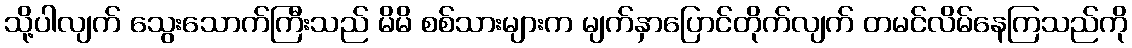
သို့ပါလျက် သွေးသောက်ကြီးသည် မိမိ စစ်သားများက မျက်နှာပြောင်တိုက်လျက် တမင်လိမ်နေကြသည်ကို